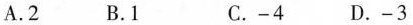
A. 2 B. 1 C. -4 D. -3